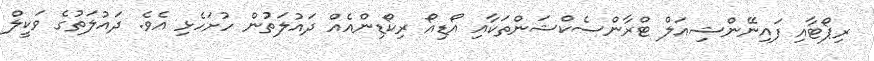
ރިޕޯޓާއި ފައިނޭންޝިއަލް ޓްރާންސެކްޝަންތަކާއި އޯޑިއޯ ރިކޯޑިންއެއް ދައުލަތުން ހުށަހެޅި އެވެ. ދައުލަތުގެ ވަކީލް